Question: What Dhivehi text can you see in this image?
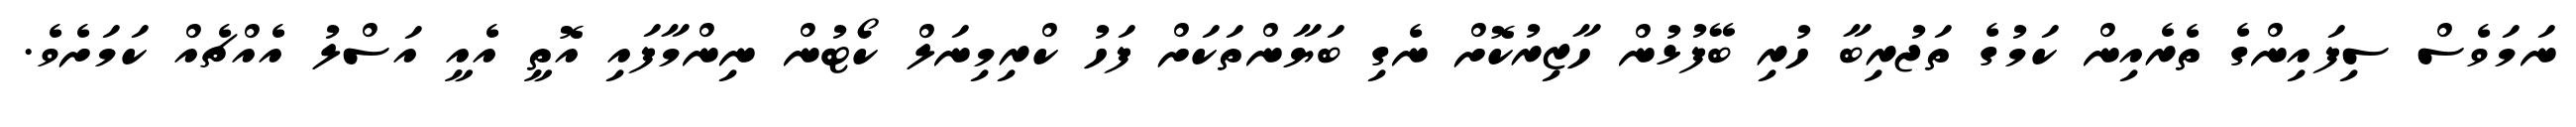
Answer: ނަމަވެސް ސިފައިންގެ ތެރެއިން ކަމުގެ ތަޖުރިބާ ހުރި ބޭފުޅުން ހާޒިރުކޮށް ނެގި ބަޔާންތަކަށް ފަހު ކްރިމިނަލް ކޯޓުން ނިންމާފައި އޮތީ އެއީ އަސްލު އެއްޗެއް ކަމަށެވެ.